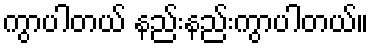
ကွာပါတယ် နည်းနည်းကွာပါတယ်။